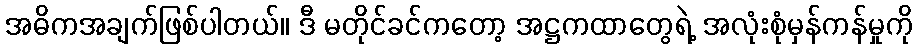
အဓိကအချက်ဖြစ်ပါတယ်။ ဒီ မတိုင်ခင်ကတော့ အဋ္ဌကထာတွေရဲ့ အလုံးစုံမှန်ကန်မှုကို